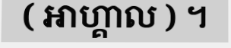
( អាហ្គាល ) ។